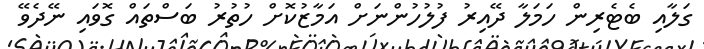
ގަލާއި ބެޓެރިން ހަމަލާ ދޭއިރު ފުލުހުންނަށް އަމާޒުކޮށް ހުތުރު ބަސްތައް ގޮވައި ނޭދެވޭ